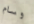
وسام